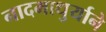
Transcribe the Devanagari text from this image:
नादमाधुर्याने